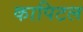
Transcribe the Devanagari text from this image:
कापिटल